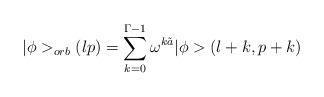
LaTeX: \begin{align*}\vert \phi >_{orb}(lp) =\sum_{k=0}^{\Gamma-1} \omega^{k\tilde a}\vert \phi > (l+k,p+k)\end{align*}